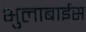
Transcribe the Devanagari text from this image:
भुलाबाईस